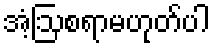
အံ့ဩစရာမဟုတ်ပါ